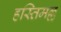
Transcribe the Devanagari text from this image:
हस्तिमल्ल